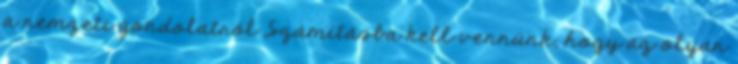
a nemzeti gondolatról „Számításba kell vennünk, hogy az olyan